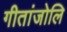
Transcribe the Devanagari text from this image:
गीतांजोलि